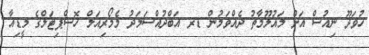
ހުވަދޫ ނިއުސް އަށް މައުލޫމާތު ދެއްވަމުން ޑރ އަބްދުއްސަމަދު މެމޯރިއަލް ހޮސްޕިޓަލްގެ މީޑިއާ